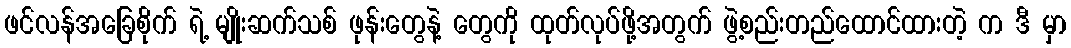
ဖင်လန်အခြေစိုက် ရဲ့ မျိုးဆက်သစ် ဖုန်းတွေနဲ့ တွေကို ထုတ်လုပ်ဖို့အတွက် ဖွဲ့စည်းတည်ထောင်ထားတဲ့ က ဒီ မှာ